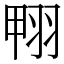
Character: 翈